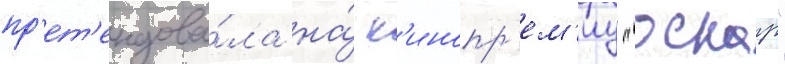
пр'ет'ендова́ла на́ к'инопр'ем'иу "оскар"